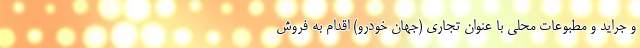
و جراید و مطبوعات محلی با عنوان تجاری (جهان خودرو) اقدام به فروش